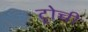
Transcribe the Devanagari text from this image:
ट्रोच्ची